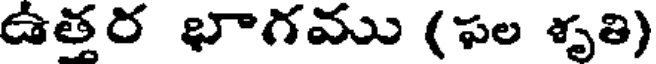
ఉతర భాగము (ఫల శృతి)